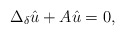
\begin{align*}\Delta_\delta\hat{u} + A\hat{u} = 0,\end{align*}